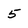
Character: 5